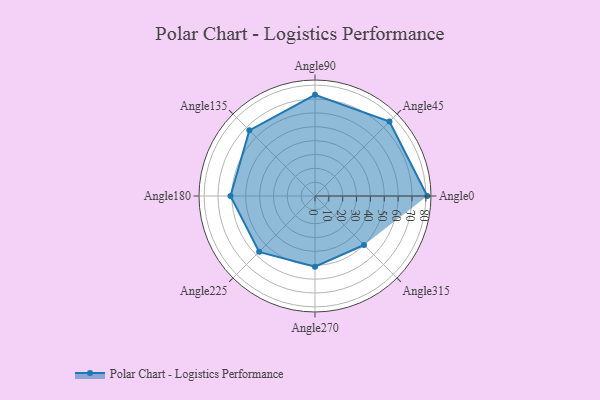
{"axis": {"x": "Angle", "y": "Radius"}, "legend": [""], "data": [{"x": "Angle0", "y": 81.0, "type": ""}, {"x": "Angle45", "y": 76.0, "type": ""}, {"x": "Angle90", "y": 73.0, "type": ""}, {"x": "Angle135", "y": 67.0, "type": ""}, {"x": "Angle180", "y": 61.0, "type": ""}, {"x": "Angle225", "y": 57.0, "type": ""}, {"x": "Angle270", "y": 51.0, "type": ""}, {"x": "Angle315", "y": 50, "type": ""}]}